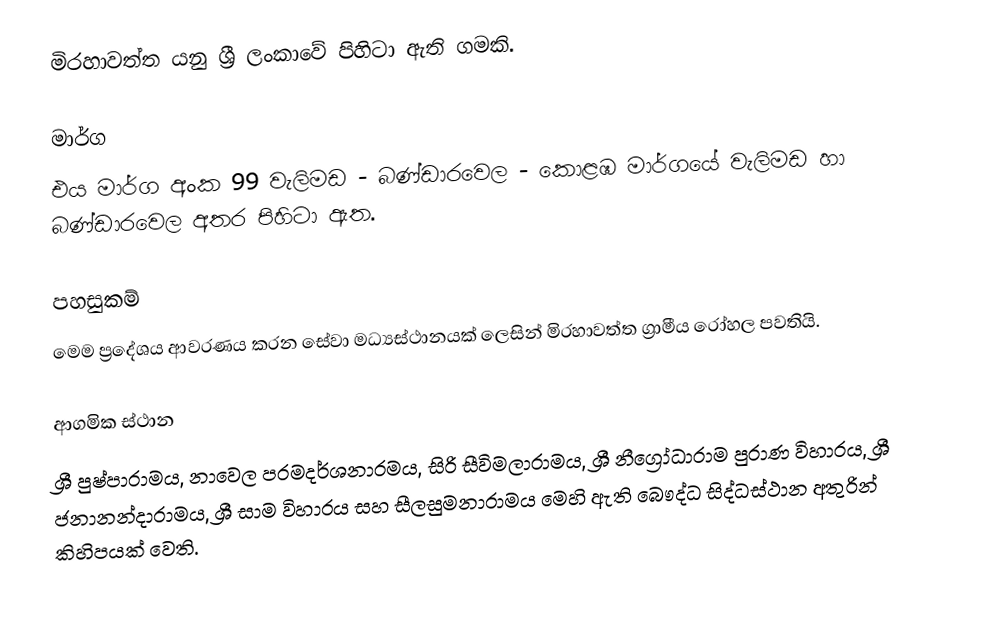
මිරහාවත්ත යනු ශ්‍රී ලංකාවේ පිහිටා ඇති ගමකි.

මාර්ග
එය මාර්ග අංක 99 වැලිමඩ - බණ්ඩාරවෙල - කොළඹ මාර්ගයේ වැලිමඩ හා බණ්ඩාරවෙල අතර පිහිටා ඇත.

පහසුකම්
මෙම ප්‍රදේශය ආවරණය කරන සේවා මධ්‍යස්ථානයක් ලෙසින් මිරහාවත්ත ග්‍රාමීය රෝහල පවතියි.

ආගමික ස්ථාන
ශ්‍රී පුෂ්පාරාමය, 	නාවෙල පරමදර්ශනාරමය, 	සිරි සීවිමලාරාමය, 	ශ්‍රී නීග්‍රෝධාරාම පුරාණ විහාරය, 	ශ්‍රී ජනානන්දාරාමය, 	ශ්‍රී සාම විහාරය සහ 	සීලසුමනාරාමය මෙහි ඇති බෞද්ධ සිද්ධස්ථාන අතුරින් කිහිපයක් වෙති.